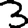
Digit: 3